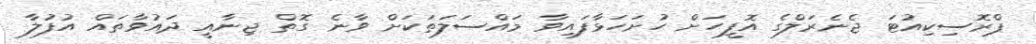
ޕްރޮސިކިއުޓަ ޖެނެރަލްގެ އޮފީހަށް ހުށަހަޅާފައިވާ މައްސަލަތަކަށް ވާނެ ގޮތް ޖިނާއީ ދައުވާތައް އުފުލާ